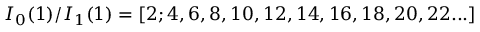
I _ { 0 } ( 1 ) / I _ { 1 } ( 1 ) = [ 2 ; 4 , 6 , 8 , 1 0 , 1 2 , 1 4 , 1 6 , 1 8 , 2 0 , 2 2 . . . ]